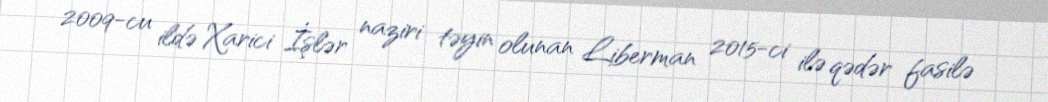
2009-cu ildə Xarici İşlər naziri təyin olunan Liberman 2015-ci ilə qədər fasilə